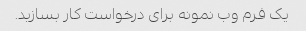
یک فرم وب نمونه برای درخواست کار بسازید.